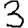
Digit: 3